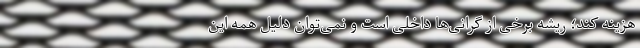
هزینه کند؛ ریشه برخی از گرانی‌ها داخلی است و نمی‌توان دلیل همه این